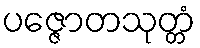
ပဇ္ဇောတသုတ္တံ